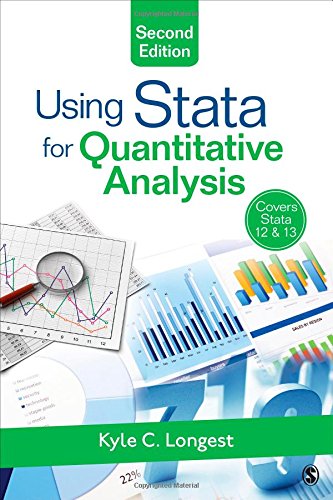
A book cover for Using Stata for Quantitative Analysis; Kyle C. (Clayton) Longest; Computers & Technology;